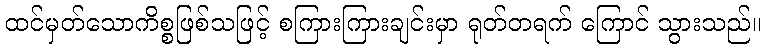
ထင်မှတ်သောကိစ္စဖြစ်သဖြင့် စကြားကြားချင်းမှာ ရုတ်တရက် ကြောင် သွားသည်။